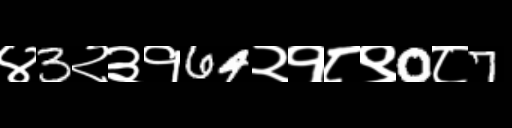
Text: ४3२३१64२१८९0८7